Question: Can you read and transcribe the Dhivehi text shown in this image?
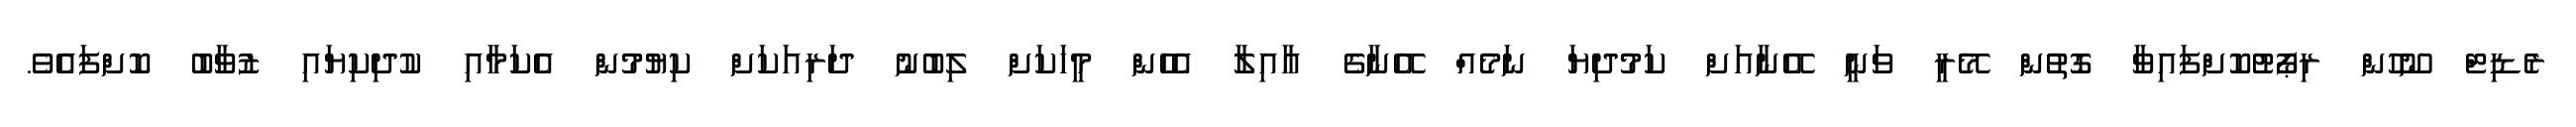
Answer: ރެޑިޓް ނޫހުން ރިޕޯޓުކޮށްފައިވާ ގޮތުން މޭރީ ވަނީ އޭނާއަށް ކަމުދިޔަ ނަމެއް އޭނާގެ އާއިލާ އެހެން މީހަކަށް ލިބުނު ދަރިއަކަށް ކިޔުމުން އެކަމާއި ކުދިކިޔައި ޒުވާބު ކޮށްފައެވެ.